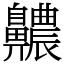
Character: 齈